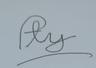
Signature authenticity: forged